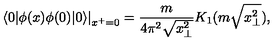
\left. \langle 0 | \phi ( x ) \phi ( 0 ) | 0 \rangle \right| _ { x ^ { + } = 0 } = \frac { m } { 4 \pi ^ { 2 } \sqrt { x _ { \bot } ^ { 2 } } } K _ { 1 } ( m \sqrt { x _ { \bot } ^ { 2 } } ) ,